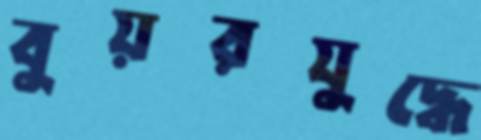
বুয়রযুদ্ধে